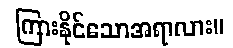
ကြားနိုင်သောအရာလား။